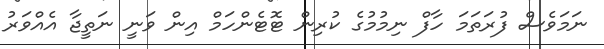
ނަމަވެސް ފުރަތަމަ ހާފް ނިމުމުގެ ކުރިން ޓޮޓެންހަމް އިން ވަނީ ނަތީޖާ އެއްވަރު